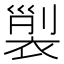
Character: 𧚲